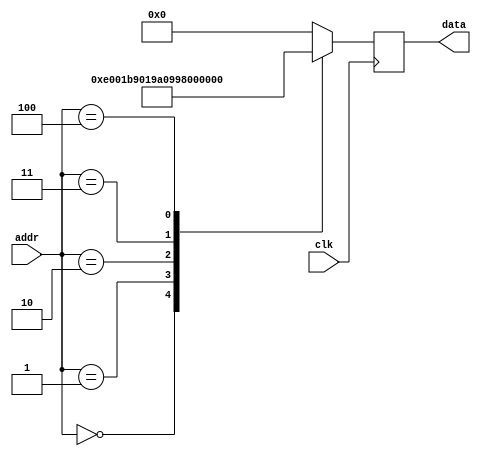
module rom #(
        parameter   DATA_WIDTH = 16,
        parameter   ADDR_WIDTH = 8          // 2 * 1024 bytes of ROM
    )(
        input  wire                  clk,
        input  wire [ADDR_WIDTH-1:0] addr,  // here comes the program counter
        output  reg [DATA_WIDTH-1:0] data   // here goes the instruction
    );

    reg [DATA_WIDTH-1:0] value;

    always @* begin
        case (addr)
		  	// NU SCHIMBATI PANA LA VERIFICAREA EX. 1-4
				/*	 ldi 	r16, 1 		*/
				0:		value = 16'b1110000000000001;
				/*	 out 	0x01, r16 		*/
				1:		value = 16'b1011100100000001;
				/*	 sbi 	0x01, 1 		*/
				2:		value = 16'b1001101000001001;
				/*	 cbi 	0x01, 0 		*/
				3:		value = 16'b1001100000001000;
				/*	 in 	r17, 0x01 		*/
				4:		value = 16'b1011000100010001;
				default:		value = 16'b0000000000000000;
        endcase
    end

    always @(negedge clk) begin
        data <= value;
    end

endmodule